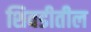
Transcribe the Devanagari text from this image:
शिवडीतील